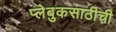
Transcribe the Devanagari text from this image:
प्लेबुकसाठीची